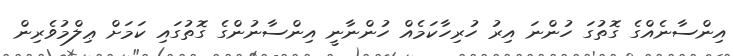
އިންސާނެއްގެ ގޮތުގަ ހުންނަ އިރު ހުރިހާކަމެއް ހުންނާނީ އިންސާނުންގެ ގޮތުގައި ކަމަށް ޢިލްމުވެރިން